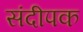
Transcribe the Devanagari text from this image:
संदीपक